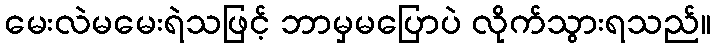
မေးလဲမမေးရဲသဖြင့် ဘာမှမပြောပဲ လိုက်သွားရသည်။